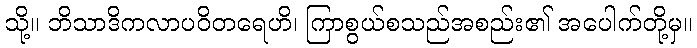
သို့။ ဘိသာဒိကလာပဝိတရေဟိ၊ ကြာစွယ်စသည်အစည်း၏ အပေါက်တို့မှ။